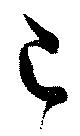
己